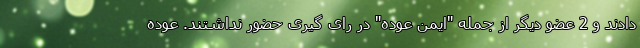
دادند و 2 عضو دیگر از جمله "ایمن عوده" در رای گیری حضور نداشتند. عوده